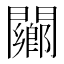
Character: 䦳